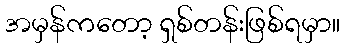
အမှန်ကတော့ ရှစ်တန်းဖြစ်ရမှာ။